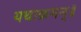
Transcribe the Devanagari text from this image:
यथाक्रमन्॥